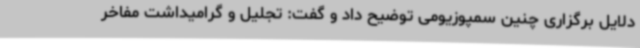
دلایل برگزاری چنین سمپوزیومی توضیح داد و گفت: تجلیل و گرامیداشت مفاخر